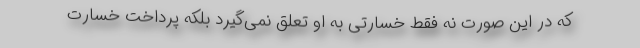
که در این صورت نه فقط خسارتی به او تعلق نمی‌گیرد بلکه پرداخت خسارت